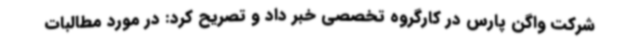
شرکت واگن پارس در کارگروه تخصصی خبر داد و تصریح کرد: در مورد مطالبات